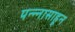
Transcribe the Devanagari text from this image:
पन्‍न्‍नासाहून